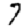
Digit: 7